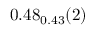
0 . 4 8 _ { 0 . 4 3 } ( 2 )